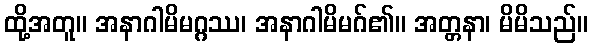
ထို့အတူ။ အနာဂါမိမဂ္ဂဿ၊ အနာဂါမိမဂ်၏။ အတ္တနာ၊ မိမိသည်။